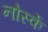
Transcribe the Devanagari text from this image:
नोर्स्के